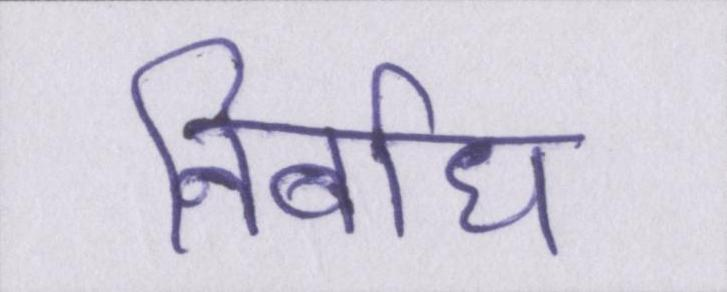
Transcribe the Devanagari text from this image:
निर्बाध